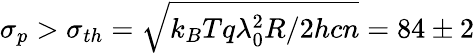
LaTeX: \sigma_{p}>\sigma_{th}=\sqrt{k_{B}Tq\lambda_{0}^{2}R/2hcn}=84\pm 2